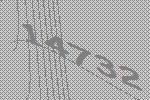
14732